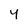
Character: y